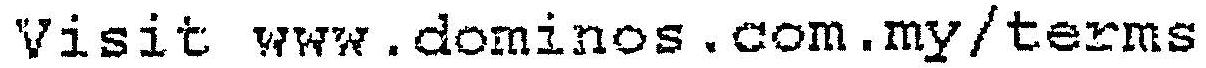
VISIT WWW.DOMINOS.COM.MY/TERMS